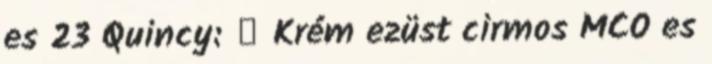
es 23 Quincy: ♂ Krém ezüst cirmos MCO es